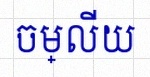
ចម្លើយ